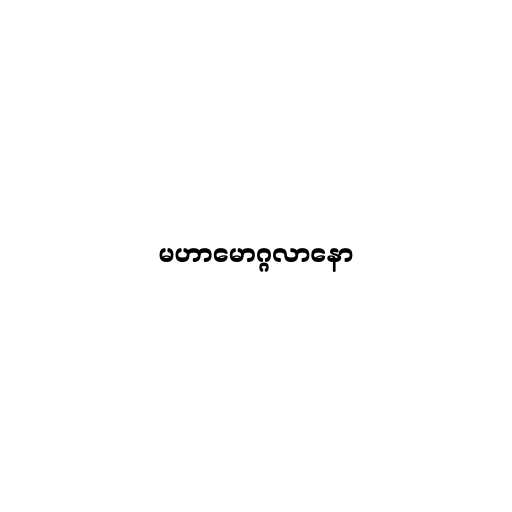
မဟာမောဂ္ဂလာနော